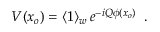
V ( x _ { o } ) = \langle 1 \rangle _ { w } \, e ^ { - i Q \phi ( x _ { o } ) } \, \, \, .